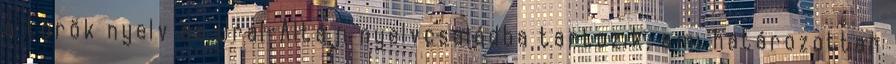
a török nyelv az Ural-Altáji nyelvcsaládba tartozik, ami határozottan